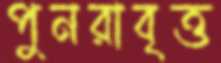
পুনরাবৃত্ত